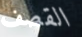
القصف